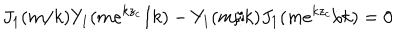
J _ { 1 } ( m / k ) Y _ { 1 } ( m e ^ { k z _ { c } } / k ) - Y _ { 1 } ( m / k ) J _ { 1 } ( m e ^ { k z _ { c } } / k ) = 0